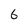
Character: 6